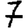
Digit: 7